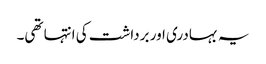
یہ بہادری اور برداشت کی انتہا تھی۔